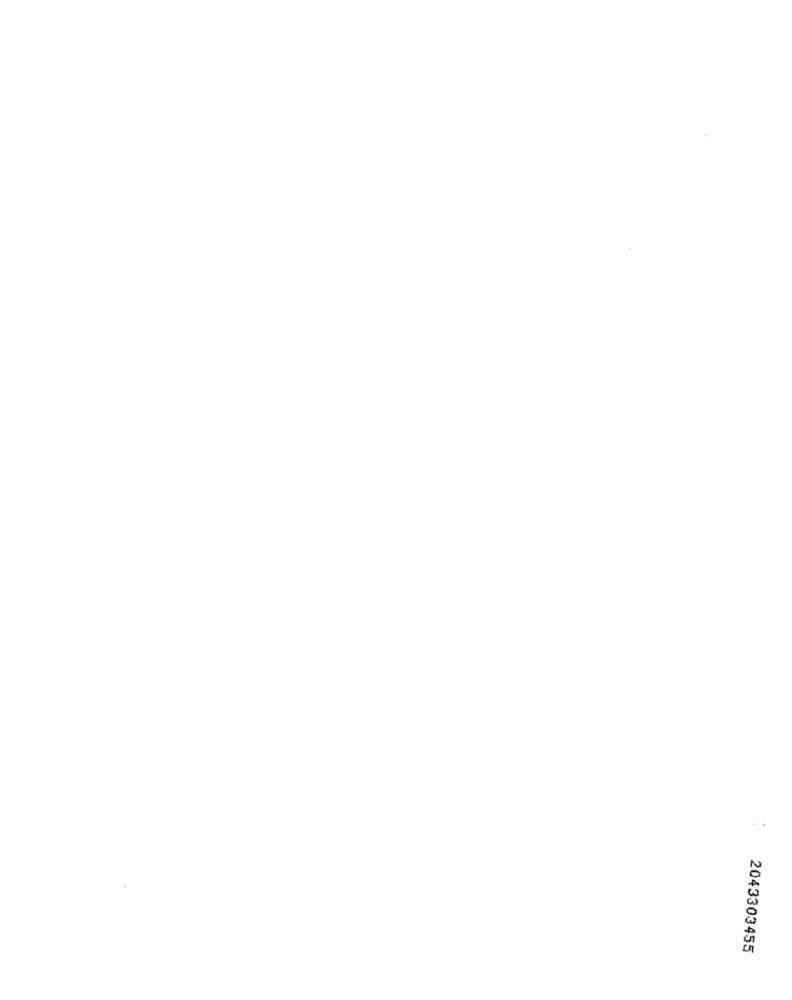
2043303455